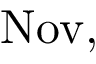
\operatorname { N o v } ,